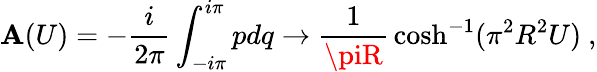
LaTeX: \mathbf{A}(U)=-{\frac{{i}}{{2\pi}}}\int_{-i\pi}^{i\pi}pdq\rightarrow{\frac{{1}}{{\piR}}}\cosh^{-1}(\pi^{2}R^{2}U)\ ,